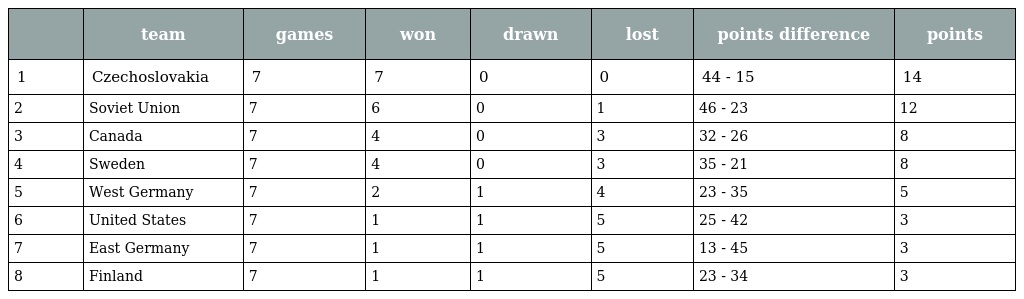
|  | team | games | won | drawn | lost | points difference | points |
 | --- | --- | --- | --- | --- | --- | --- | --- |
 | 1 | Czechoslovakia | 7 | 7 | 0 | 0 | 44 - 15 | 14 |
 | 2 | Soviet Union | 7 | 6 | 0 | 1 | 46 - 23 | 12 |
 | 3 | Canada | 7 | 4 | 0 | 3 | 32 - 26 | 8 |
 | 4 | Sweden | 7 | 4 | 0 | 3 | 35 - 21 | 8 |
 | 5 | West Germany | 7 | 2 | 1 | 4 | 23 - 35 | 5 |
 | 6 | United States | 7 | 1 | 1 | 5 | 25 - 42 | 3 |
 | 7 | East Germany | 7 | 1 | 1 | 5 | 13 - 45 | 3 |
 | 8 | Finland | 7 | 1 | 1 | 5 | 23 - 34 | 3 |